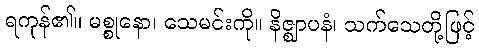
ရကုန်၏။ မစ္စုနော၊ သေမင်းကို။ နိဇ္ဈာပနံ၊ သက်သေတို့ဖြင့်